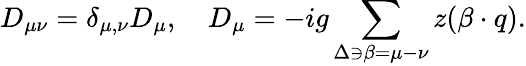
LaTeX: D_{\mu\nu}=\delta_{\mu,\nu}D_{\mu},\quad D_{\mu}=-ig\sum_{\Delta\ni\beta=\mu-\nu}z(\beta\cdot q).